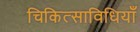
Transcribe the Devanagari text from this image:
चिकित्साविधियाँ